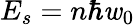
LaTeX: E_{s}=n\hbar\mathit{w}_{0}